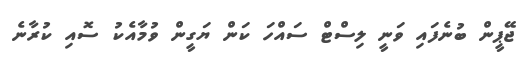
ޖޭޕީން ބުނެފައި ވަނީ ލިސްޓް ސައްހަ ކަން ޔަގީން ވުމާއެކު ސޮއި ކުރާނެ